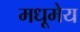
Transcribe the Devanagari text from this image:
मधूमेय